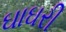
ઘાઘરી